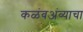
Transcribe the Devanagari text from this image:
कळंबअंब्याचा